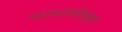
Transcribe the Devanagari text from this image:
नाट्यस्पर्धेपासून